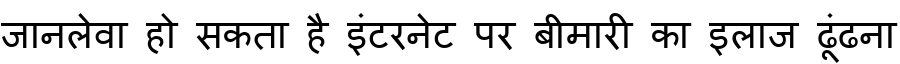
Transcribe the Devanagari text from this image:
जानलेवा हो सकता है इंटरनेट पर बीमारी का इलाज ढूंढना